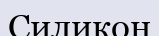
Силикон